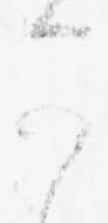
可